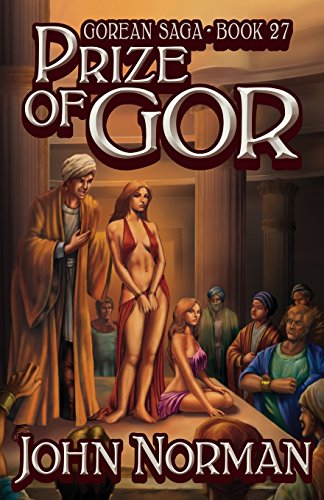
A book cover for Prize of Gor (Gorean Saga); John Norman; Romance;